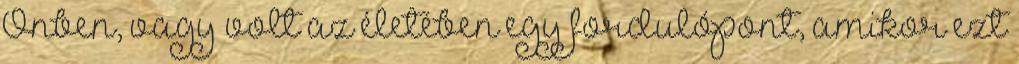
Önben, vagy volt az életében egy fordulópont, amikor ezt